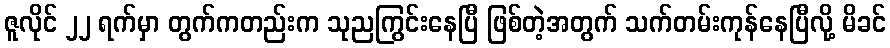
ဇူလိုင် ၂၂ ရက်မှာ တွက်ကတည်းက သုညကြွင်းနေပြီ ဖြစ်တဲ့အတွက် သက်တမ်းကုန်နေပြီလို့ မိခင်